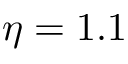
\eta = 1 . 1